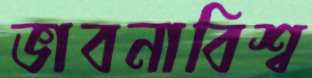
ভাবনাবিশ্ব